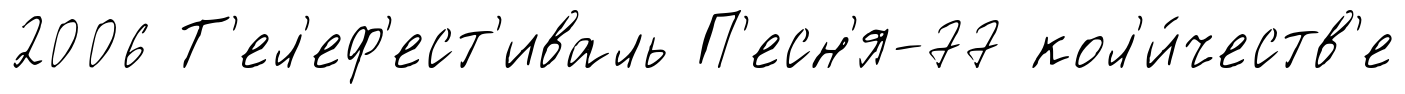
2006 Т'ел'еф'ест'иваль П'есн'я-77 кол'и́честв'е